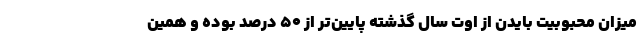
میزان محبوبیت بایدن از اوت سال گذشته پایین‌تر از ۵۰ درصد بوده و همین